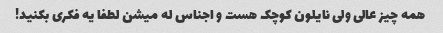
همه چیز عالی ولی نایلون کوچک هست و اجناس له میشن لطفا یه فکری بکنید!